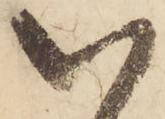
い